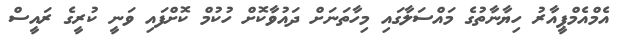
އެމްއެމްޕީއާރު ހިޔާނާތުގެ މައްސަލާގައި މިހާތަނަށް ދައުވާކޮށް ހުކުމް ކޮށްފައި ވަނީ ކުރީގެ ރައީސް